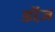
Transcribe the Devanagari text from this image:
डॉज़